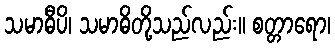
သမာဓီပိ၊ သမာဓိတို့သည်လည်း။ စတ္တာရော၊